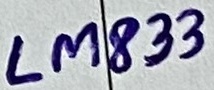
Text: LM833